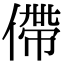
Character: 僀